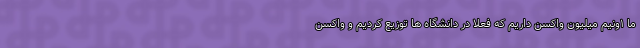
ما ۱ونیم میلیون واکسن داریم که فعلا در دانشگاه ها توزیع کردیم و واکسن